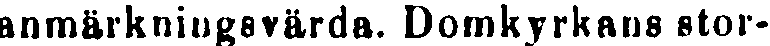
anmärkningsvärda. Domkyrkans stor-